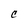
Character: C